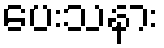
ပေးသနား